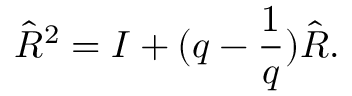
\hat { R } ^ { 2 } = I + ( q - \frac { 1 } { q } ) \hat { R } .